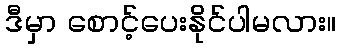
ဒီမှာ စောင့်ပေးနိုင်ပါမလား။